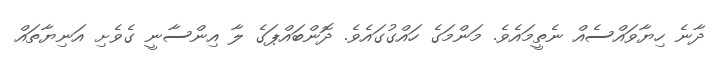
ދާނެ ހިޔާވައްސެއް ނެތީމައެވެ. މަންމަގެ ހައްގުގައެވެ. ދޮންބައްޕަގެ ލާ އިންސާނީ ގެވެށި އަނިޔާތައް